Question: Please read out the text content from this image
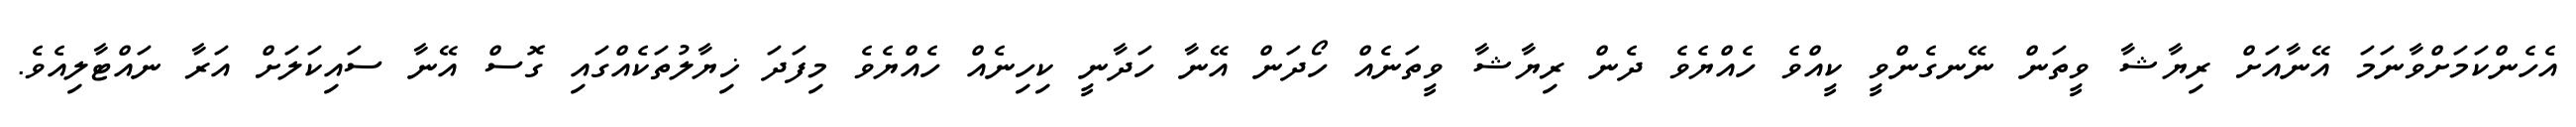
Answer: އެހެންކަމަށްވާނަމަ އޭނާއަށް ރިޔާޝާ ވީތަން ނޭނގެންވީ ކީއްވެ ހެއްޔެވެ ދެން ރިޔާޝާ ވީތަނެއް ހޯދަން އޭނާ ހަދާނީ ކިހިނެއް ހެއްޔެވެ މިފަދަ ޚިޔާލުތަކެއްގައި ގޮސް އޭނާ ސައިކަލަށް އަރާ ނައްޓާލިއެވެ.